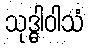
သုဒ္ဓါဝါသံ